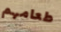
طعامهم